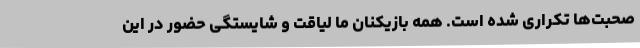
صحبت‌ها تکراری شده است. همه بازیکنان ما لیاقت و شایستگی حضور در این